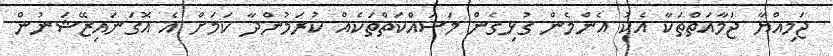
ޖަމިއްޔާ ޖަމާއަތްތަކާ އެކު އެންމެން ގުޅިގެން މަސައްކަތްތަކެއް ކުރަމުންދާ ކަމަށް އެ އޮގަނައިޒޭޝަނުން